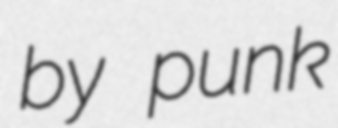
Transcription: by punk